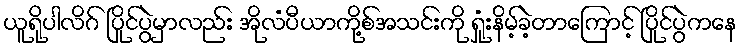
ယူရိုပါလိဂ် ပြိုင်ပွဲမှာလည်း အိုလံပီယာကို့စ်အသင်းကို ရှုံးနိမ့်ခဲ့တာကြောင့် ပြိုင်ပွဲကနေ